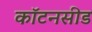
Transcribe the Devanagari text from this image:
कॉटनसीड